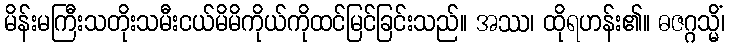
မိန်းမကြီးသတိုးသမီးငယ်မိမိကိုယ်ကိုထင်မြင်ခြင်းသည်။ အဿ၊ ထိုရဟန်း၏။ ဓဇဂ္ဂသ္မိံ၊